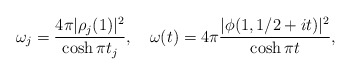
\begin{align*}\omega_j = \frac{4\pi |\rho_j(1)|^2}{\cosh \pi t_j}, ~~~\omega(t) = 4\pi \frac{|\phi(1,{1}/{2}+it)|^2}{\cosh \pi t},\end{align*}